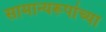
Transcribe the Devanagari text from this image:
सामान्यरूपांच्या